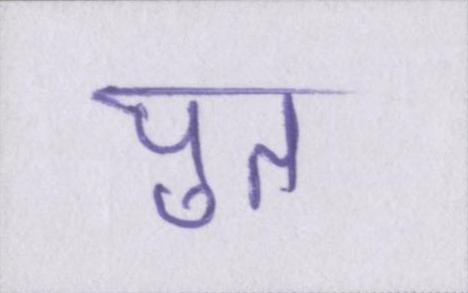
पुत